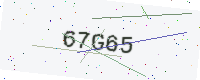
Text: 67G65